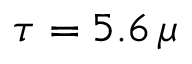
\tau = 5 . 6 \, \mu